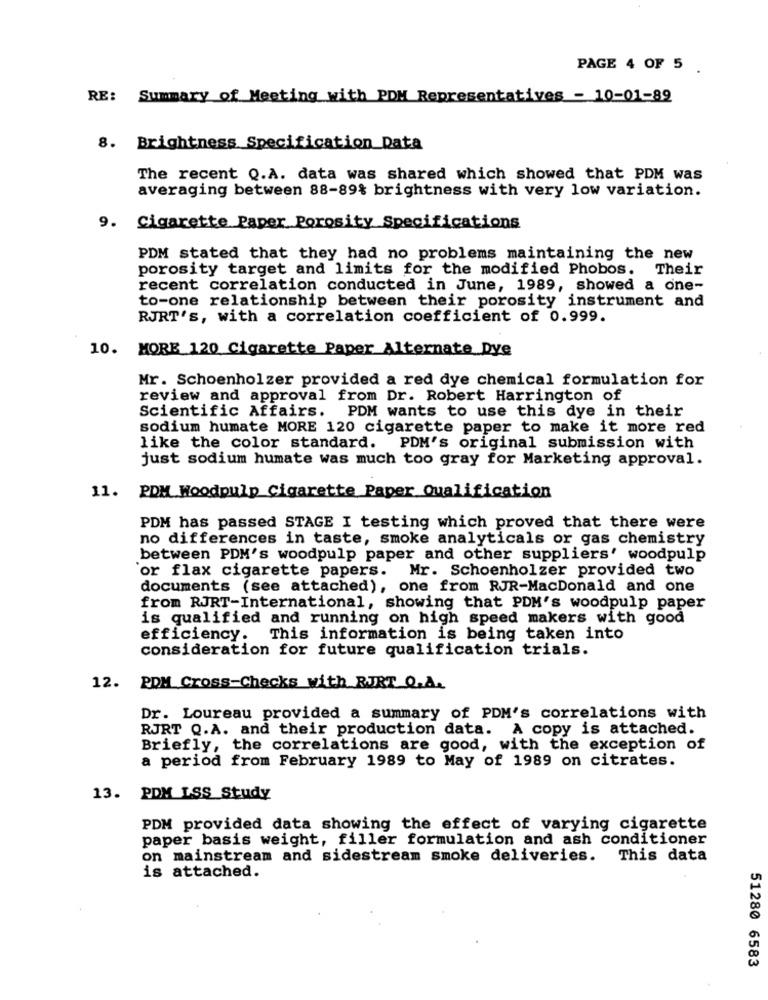
PAGE 4 OF 5
RE: Summary of Meeting with PDM Representatives - 10-01-89
8. Brightness Specification Data
The recent Q.A. data was shared which showed that PDM was
averaging between 88-89% brightness with very low variation.
9. Cigarette Paper Porosity Specifications
PDM stated that they had no problems maintaining the new
porosity target and limits for the modified Phobos. Their
recent correlation conducted in June, 1989, showed a one-
to-one relationship between their porosity instrument and
RJRT's, with a correlation coefficient of 0.999.
10. MORE 120 Cigarette Paper Alternate Dye
Mr. Schoenholzer provided a red dye chemical formulation for
review and approval from Dr. Robert Harrington of
Scientific Affairs. PDM wants to use this dye in their
sodium humate MORE 120 cigarette paper to make it more red
like the color standard. PDM's original submission with
just sodium humate was much too gray for Marketing approval.
11. PDM Woodpulp Cigarette Paper Qualification
PDM has passed STAGE I testing which proved that there were
no differences in taste, smoke analyticals or gas chemistry
between PDM's woodpulp paper and other suppliers' woodpulp
or flax cigarette papers.
Mr. Schoenholzer provided two
documents (see attached), one from RJR-MacDonald and one
from RJRT-International, showing that PDM's woodpulp paper
is qualified and running on high speed makers with good
efficiency. This information is being taken into
consideration for future qualification trials.
12. PDM Cross-Checks with _RJRT Q.A.
Dr. Loureau provided a summary of PDM's correlations with
RJRT Q.A. and their production data. A copy is attached.
Briefly, the correlations are good, with the exception of
a period from February 1989 to May of 1989 on citrates.
13. PDM LSS Study
PDM provided data showing the effect of varying cigarette
paper basis weight, filler formulation and ash conditioner
on mainstream and sidestream smoke deliveries. This data
is attached.
51280 6583